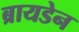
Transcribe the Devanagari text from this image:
ब्रायडेन